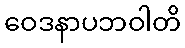
ဝေဒနာပဘဝါတိ